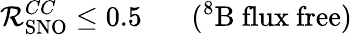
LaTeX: \mathcal{R}_{\mathrm{{SNO}}}^{CC}\leq0.5\ \ \ \ \ \ \ (^{8}{\mathrm{{B\ flux\ free}}})